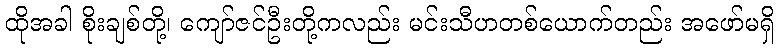
ထိုအခါ စိုးချစ်တို့၊ ကျော်ဇင်ဦးတို့ကလည်း မင်းသီဟတစ်ယောက်တည်း အဖော်မရှိ